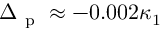
\Delta _ { \mathrm { ~ p ~ } } \approx - 0 . 0 0 2 \kappa _ { 1 }